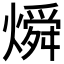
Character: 𬋊